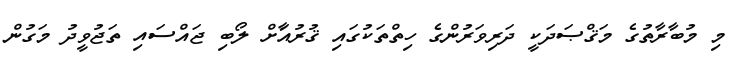
މި މުބާރާތުގެ މަޤްޞަދަކީ ދަރިވަރުންގެ ހިތްތަކުގައި ޤުރުއާަށް ލޯބި ޖައްސައި ތަޖުވީދު މަގުން